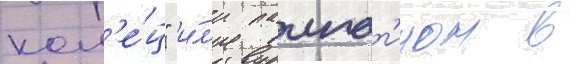
кол'е́ц" и́л'и палпат'ином в